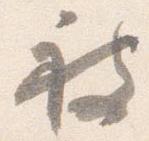
被